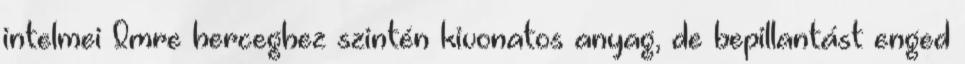
intelmei Imre herceghez szintén kivonatos anyag, de bepillantást enged